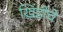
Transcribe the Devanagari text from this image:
खिंडीचे